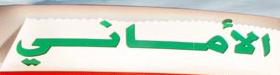
الأماني